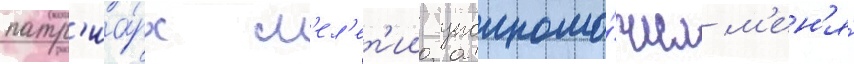
патр'иа́рх м'ел'ет'ии уполномо́чил м'ен'я́